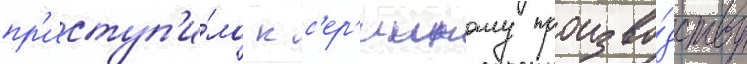
пр'иступ'и́ло к с'ер'ииному произво́дству